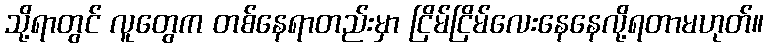
သို့ရာတွင် လူတွေက တစ်နေရာတည်းမှာ ငြိမ်ငြိမ်လေးနေနေလို့ရတာမဟုတ်။